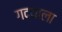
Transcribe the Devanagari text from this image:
गद्याला